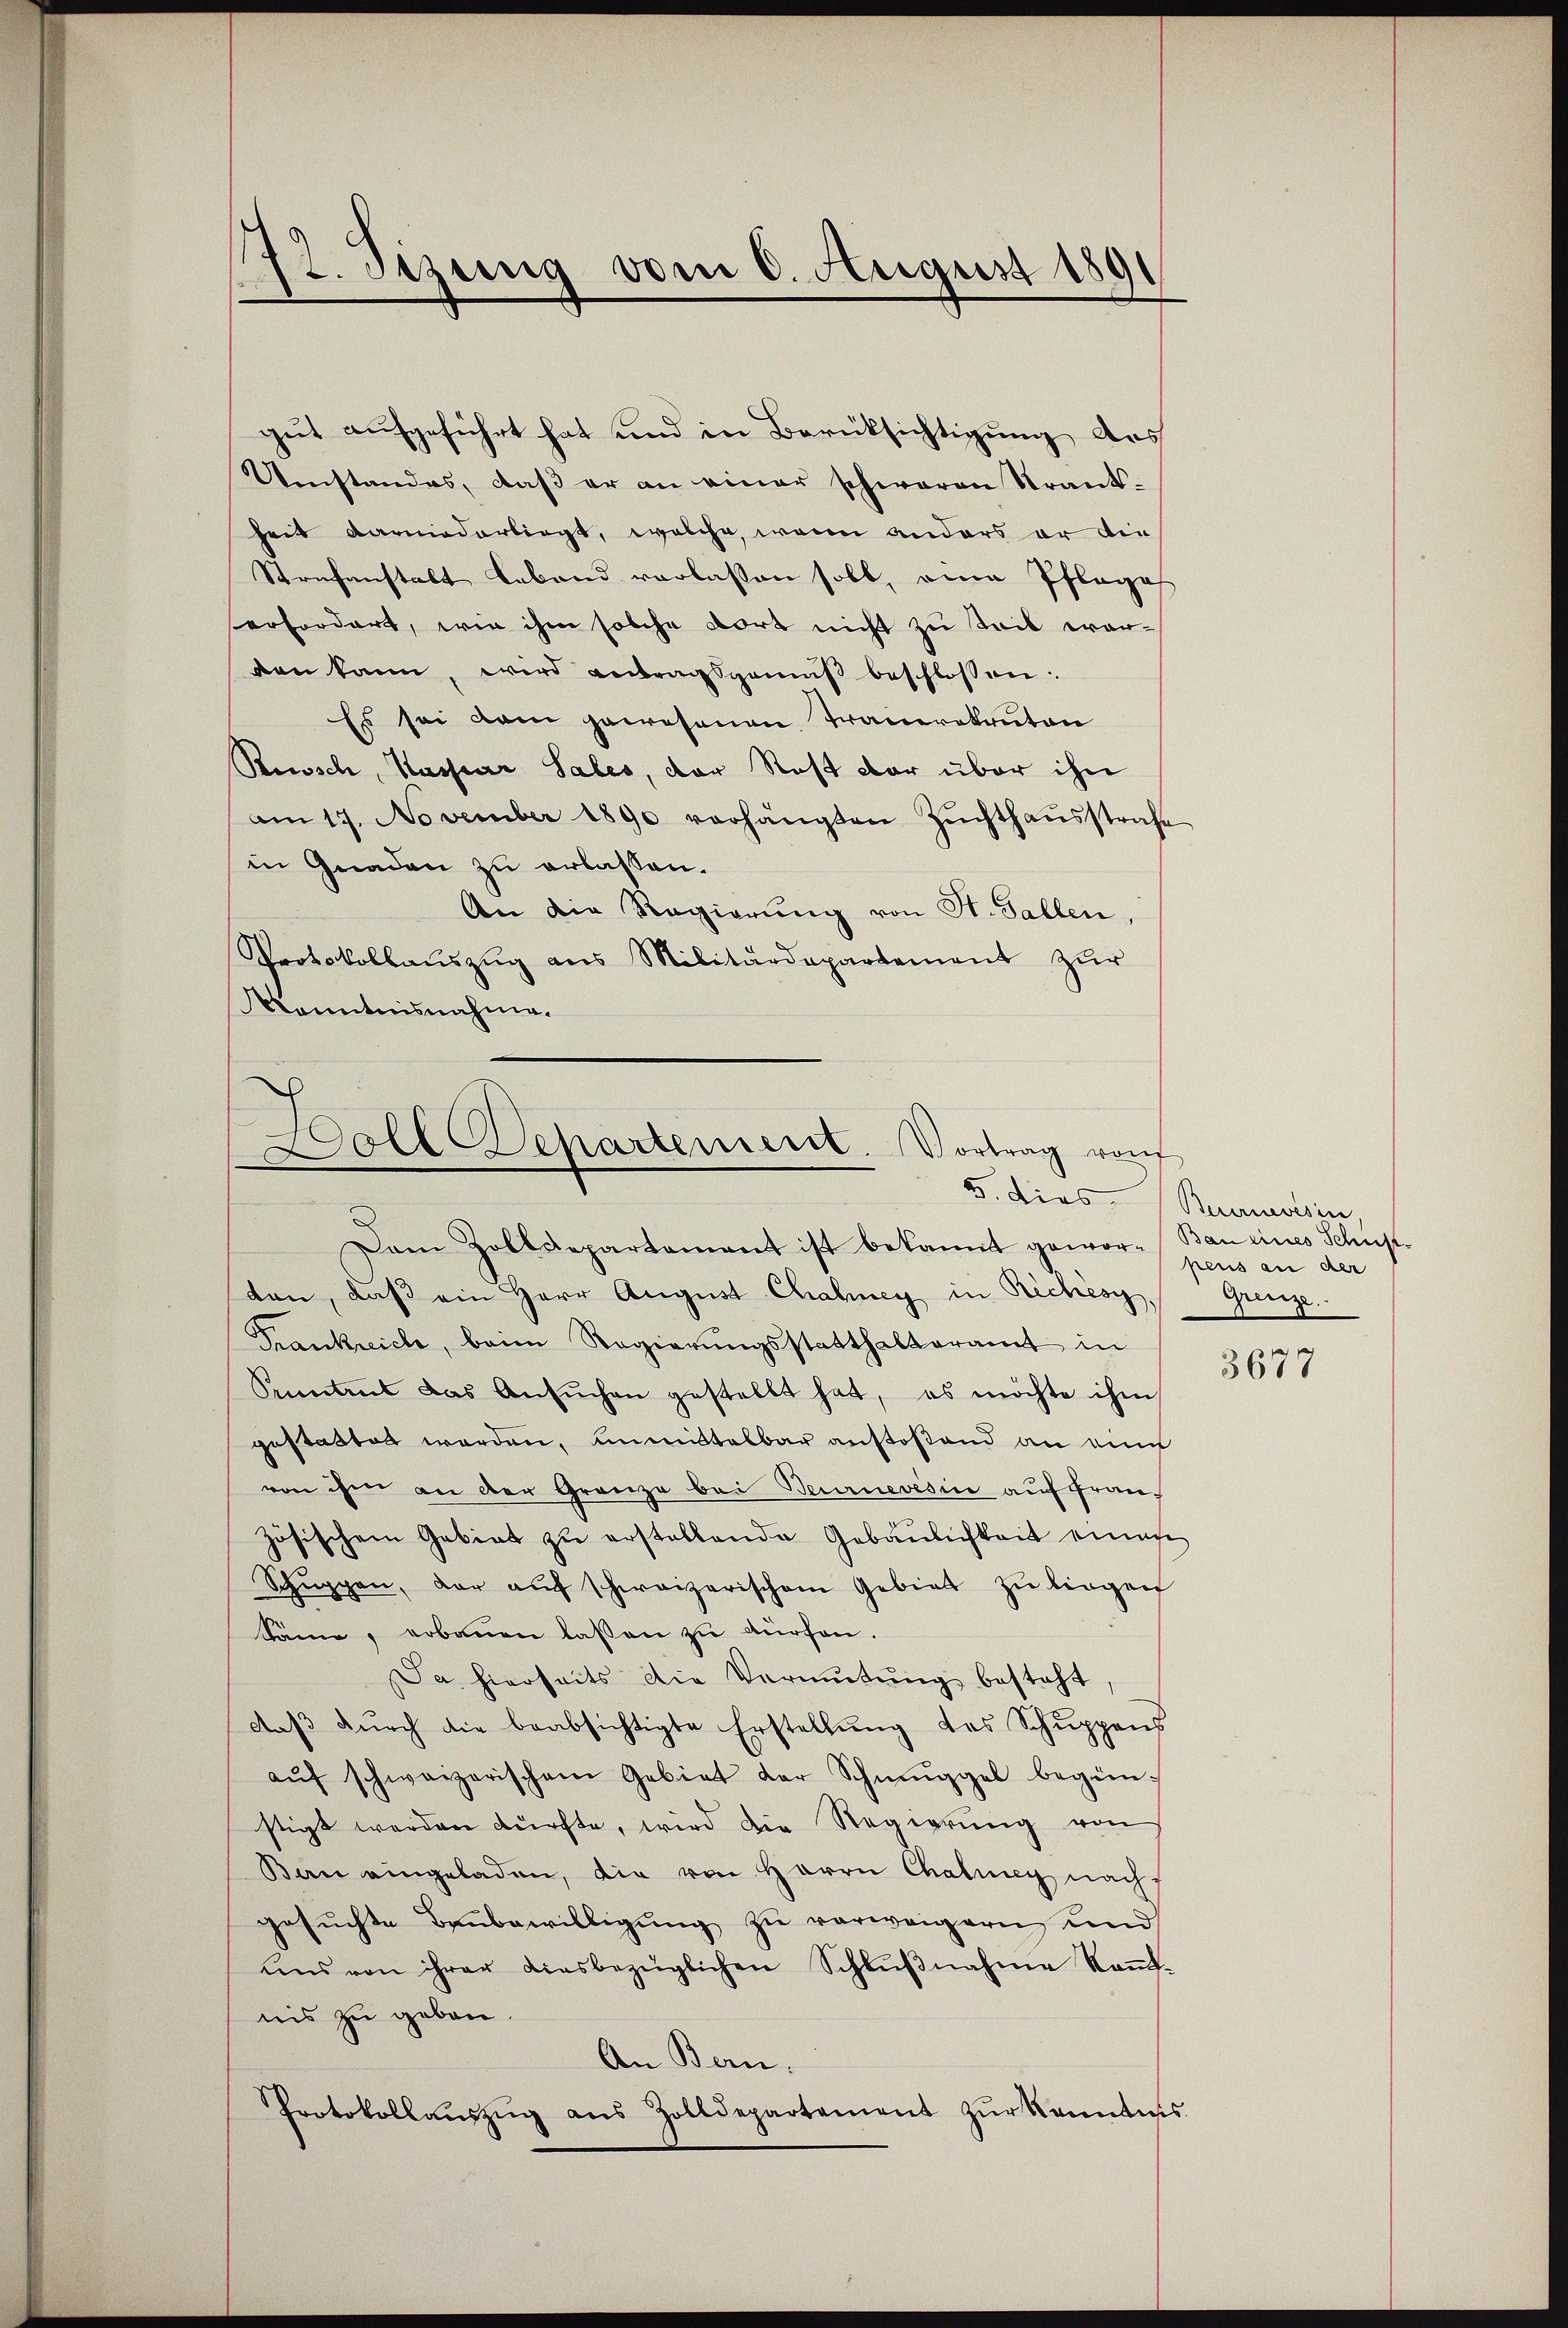
72. Setzung vom 8. August 189

gut aufgeführt hat und in Berücksichtigung aus
Umstandes, daß er an einer schweren Krank-
heit darniederliegt, welche, wenn anders er die
Strafanstalt lebend verlassen soll, eine Pflege
erfordert, wie ihm solche dort nicht zu teil worden kann, wird antragsgemäβ beschlossen:
Es sei dem paresenen Trauerekruten
Risch, Kasser Sales, der Rest der über ihn
am 17. November 1890 vorhängten Zŭchthaŭsstrafe
in Gnaden zu erlassen.
An die Regierŭng von St. Gallen,
Protokollauszug aus Militärdepartement zŭr
Kenntnisnahme.
tan, daß ein Herr August Chahney in Richèsy,
Frankreich, beim Regierŭngsstatthalteramt in
Sentens das Ansŭchen gestellt hat, es möchte ihm
gestattet werden, unmittelbar anstoßend an aine
von ihm an der Granze bei Beurnevesin auf Französischem Gebiet zu erstellende Gebäulichkeit einen
Schŭppen, der aŭf schweizerischem Gebiet zu liegen
Säme, erbauen lassen zu dürfen.
Da hierseits die Vermutung besteht,
daß durch die beabsichtigte Erstellung des Schuppens
aŭf schweizerischem Gebiet der Schmuggel begün-
stigt werden dürfte, wird die Regierung von
Bau eingeladen, die von Herrn Chalung nachgesŭchte Baŭbewilligŭng zŭ verweigern und
uns von ihrer diesbezüglichen Schlŭβnahme koṁt-
nis zu geben.
An Bern.
Protokollaŭszŭg aŭs Zolldepartement zŭr kanntnis.

oll Departement. Vortrag vo
5. Dies Bereisin
Dam Zolldepartamant ist bekannt gewor-Ban eines Schust

pens an der
Grenze.

3677